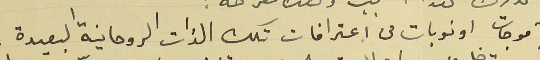
انها موجات او نوبات من اعترافات تلك الذات الروحانية البعيدة،